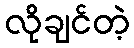
လိုချင်တဲ့